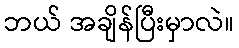
ဘယ် အချိန်ပြီးမှာလဲ။